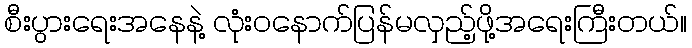
စီးပွားရေးအနေနဲ့ လုံးဝနောက်ပြန်မလှည့်ဖို့အရေးကြီးတယ်။